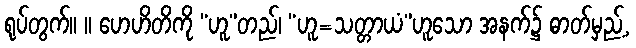
ရုပ်တွက်။ ။ ဟေဟိတိကို “ဟူ”တည်၊ “ဟူ=သတ္တာယံ”ဟူသော အနက်၌ ဓာတ်မှည့်,